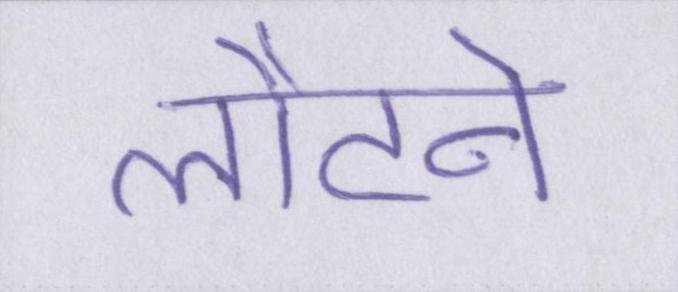
लौटने